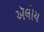
ઍલોય